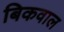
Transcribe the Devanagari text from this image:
बिकवाल